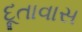
દૂતાવાસ